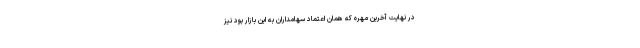
در نهایت آخرین مهره که همان اعتماد سهامداران به این بازار بود نیز